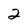
Character: 2